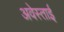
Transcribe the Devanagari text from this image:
अवेस्ताई